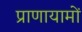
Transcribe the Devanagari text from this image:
प्राणायामों